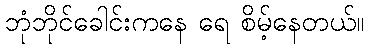
ဘုံဘိုင်ခေါင်းကနေ ရေ စိမ့်နေတယ်။